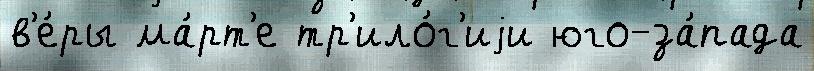
в'е́ры ма́рт'е тр'ило́г'иjи юго-за́пада